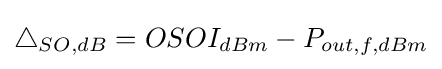
\bigtriangleup _{SO,dB}=OSOI_{dBm}-P_{out,f,dBm}